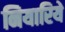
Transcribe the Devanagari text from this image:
नियारिये